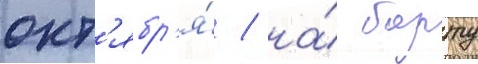
окт'ябр'я́ / на́ борту